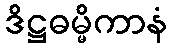
ဒိဋ္ဌဓမ္မိကာနံ